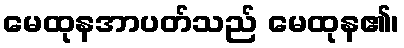
မေထုနအာပတ်သည် မေထုန၏၊